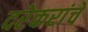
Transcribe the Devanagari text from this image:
दरेकरांचे